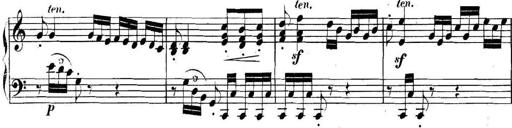
Title: Collected Piano Sonatas
Composer: Muzio Clementi